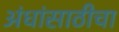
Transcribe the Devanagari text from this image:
अंधांसाठीचा